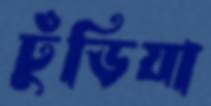
ঢুঁড়িয়া